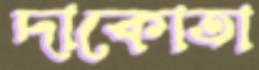
দাকোতা